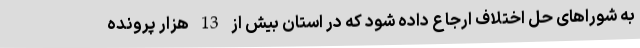
به شوراهای حل اختلاف ارجاع داده شود که در استان بیش از 13 هزار پرونده